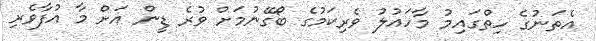
އެތަނުގެ ހިތްގައިމު މާހައުލު ވެރިކަމުގެ ބޯގޭނުމަށް ވުރެ ޑީން އަށް މާ އުފާވެރި